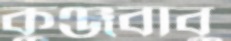
কুঞ্জবাবু